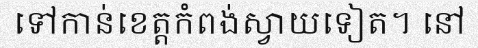
ទៅកាន់ខេត្តកំពង់ស្វាយទៀត។ នៅ